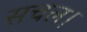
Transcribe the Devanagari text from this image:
सचल।